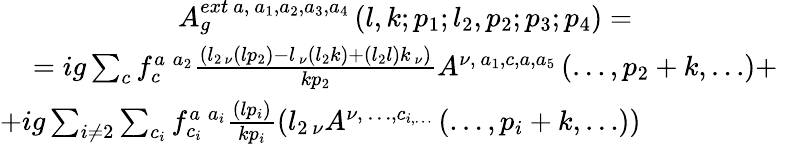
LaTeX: \begin{array}{c}{{A_{g}^{ext\ a,\ a_{1},a_{2},a_{3},a_{4}}\left(l,k;p_{1};l_{2},p_{2};p_{3};p_{4}\right)=}}\\ {{=ig\sum_{c}f_{c}^{a\; a_{2}}\frac{\left(l_{2\ \nu}\left(lp_{2}\right)-l_{\ \nu}\left(l_{2}k\right)+\left(l_{2}l\right)k_{\ \nu}\right)}{kp_{2}}A^{\nu,\ a_{1},c,a,a_{5}}\left(\ldots,p_{2}+k,\ldots\right)+}}\\ {{+ig\sum_{i\neq 2}\sum_{c_{i}}f_{c_{i}}^{a\; a_{i}}\frac{\left(lp_{i}\right)}{kp_{i}}\left(l_{2\ \nu}A^{\nu,\ \ldots,c_{i,\ldots}}\left(\ldots,p_{i}+k,\ldots\right)\right)\qquad\qquad\qquad}}\end{array}